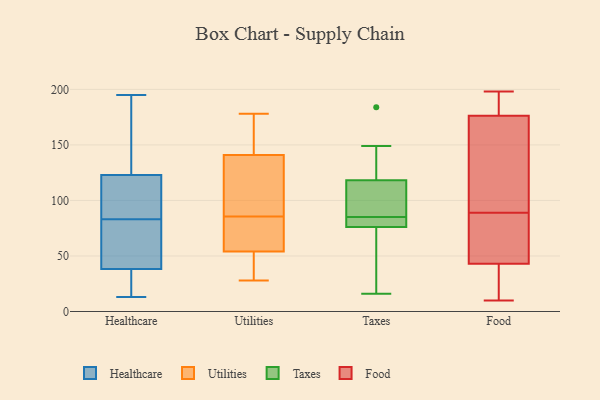
{"axis": {"x": "Budget (USD K)", "y": "Value"}, "legend": ["Food", "Healthcare", "Taxes", "Utilities"], "data": [{"x": "", "y": 195, "type": "Healthcare"}, {"x": "", "y": 123, "type": "Healthcare"}, {"x": "", "y": 123, "type": "Healthcare"}, {"x": "", "y": 13, "type": "Healthcare"}, {"x": "", "y": 94, "type": "Healthcare"}, {"x": "", "y": 51, "type": "Healthcare"}, {"x": "", "y": 31, "type": "Healthcare"}, {"x": "", "y": 55, "type": "Healthcare"}, {"x": "", "y": 34, "type": "Healthcare"}, {"x": "", "y": 83, "type": "Healthcare"}, {"x": "", "y": 19, "type": "Healthcare"}, {"x": "", "y": 70, "type": "Healthcare"}, {"x": "", "y": 158, "type": "Healthcare"}, {"x": "", "y": 138, "type": "Healthcare"}, {"x": "", "y": 88, "type": "Healthcare"}, {"x": "", "y": 33, "type": "Utilities"}, {"x": "", "y": 87, "type": "Utilities"}, {"x": "", "y": 135, "type": "Utilities"}, {"x": "", "y": 139, "type": "Utilities"}, {"x": "", "y": 84, "type": "Utilities"}, {"x": "", "y": 68, "type": "Utilities"}, {"x": "", "y": 164, "type": "Utilities"}, {"x": "", "y": 44, "type": "Utilities"}, {"x": "", "y": 64, "type": "Utilities"}, {"x": "", "y": 178, "type": "Utilities"}, {"x": "", "y": 29, "type": "Utilities"}, {"x": "", "y": 68, "type": "Utilities"}, {"x": "", "y": 143, "type": "Utilities"}, {"x": "", "y": 175, "type": "Utilities"}, {"x": "", "y": 111, "type": "Utilities"}, {"x": "", "y": 28, "type": "Utilities"}, {"x": "", "y": 149, "type": "Taxes"}, {"x": "", "y": 184, "type": "Taxes"}, {"x": "", "y": 16, "type": "Taxes"}, {"x": "", "y": 31, "type": "Taxes"}, {"x": "", "y": 115, "type": "Taxes"}, {"x": "", "y": 85, "type": "Taxes"}, {"x": "", "y": 87, "type": "Taxes"}, {"x": "", "y": 85, "type": "Taxes"}, {"x": "", "y": 85, "type": "Taxes"}, {"x": "", "y": 128, "type": "Taxes"}, {"x": "", "y": 79, "type": "Taxes"}, {"x": "", "y": 102, "type": "Taxes"}, {"x": "", "y": 67, "type": "Taxes"}, {"x": "", "y": 153, "type": "Food"}, {"x": "", "y": 10, "type": "Food"}, {"x": "", "y": 198, "type": "Food"}, {"x": "", "y": 101, "type": "Food"}, {"x": "", "y": 184, "type": "Food"}, {"x": "", "y": 189, "type": "Food"}, {"x": "", "y": 42, "type": "Food"}, {"x": "", "y": 89, "type": "Food"}, {"x": "", "y": 30, "type": "Food"}, {"x": "", "y": 186, "type": "Food"}, {"x": "", "y": 46, "type": "Food"}, {"x": "", "y": 58, "type": "Food"}, {"x": "", "y": 70, "type": "Food"}, {"x": "", "y": 14, "type": "Food"}, {"x": "", "y": 96, "type": "Food"}]}